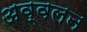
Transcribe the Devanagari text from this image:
अव्वलन